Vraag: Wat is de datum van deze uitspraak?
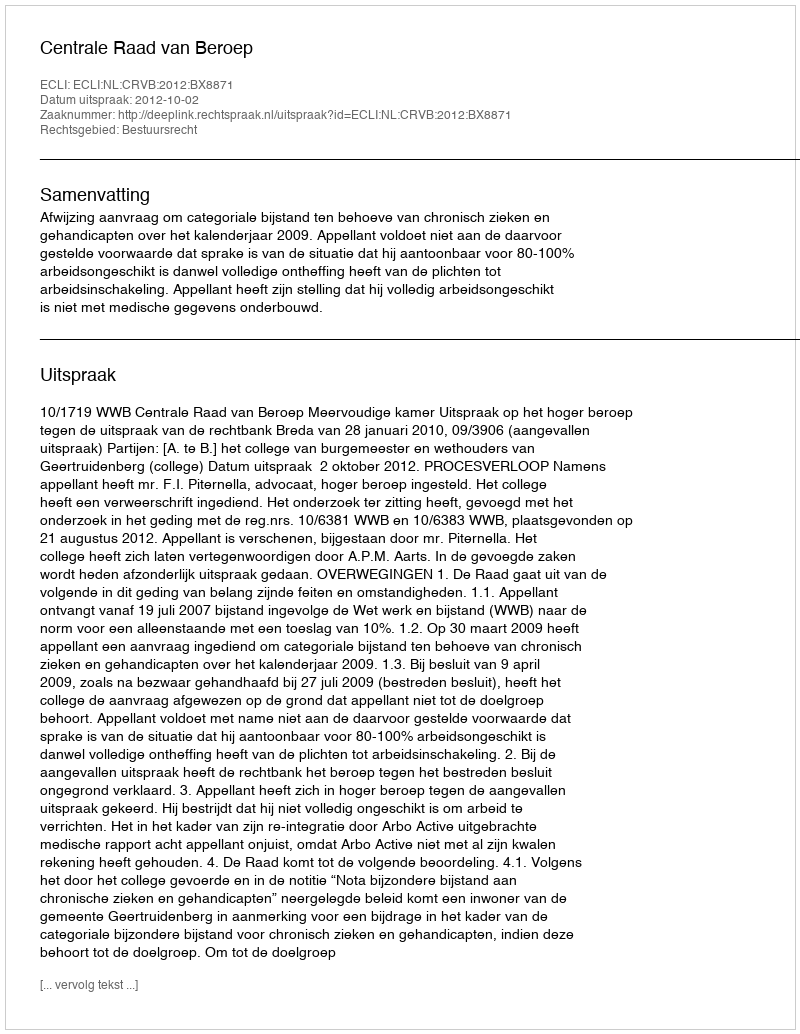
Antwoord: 2012-10-02